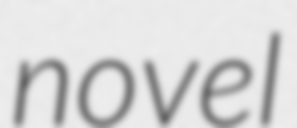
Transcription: novel